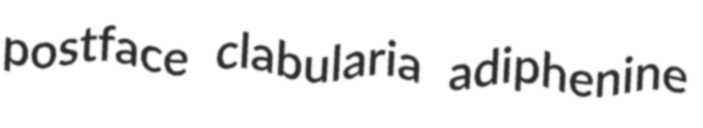
postface clabularia adiphenine